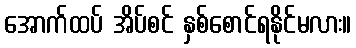
အောက်ထပ် အိပ်စင် နှစ်စောင်ရနိုင်မလား။